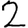
Digit: 2